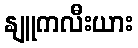
နျူကလီးယား